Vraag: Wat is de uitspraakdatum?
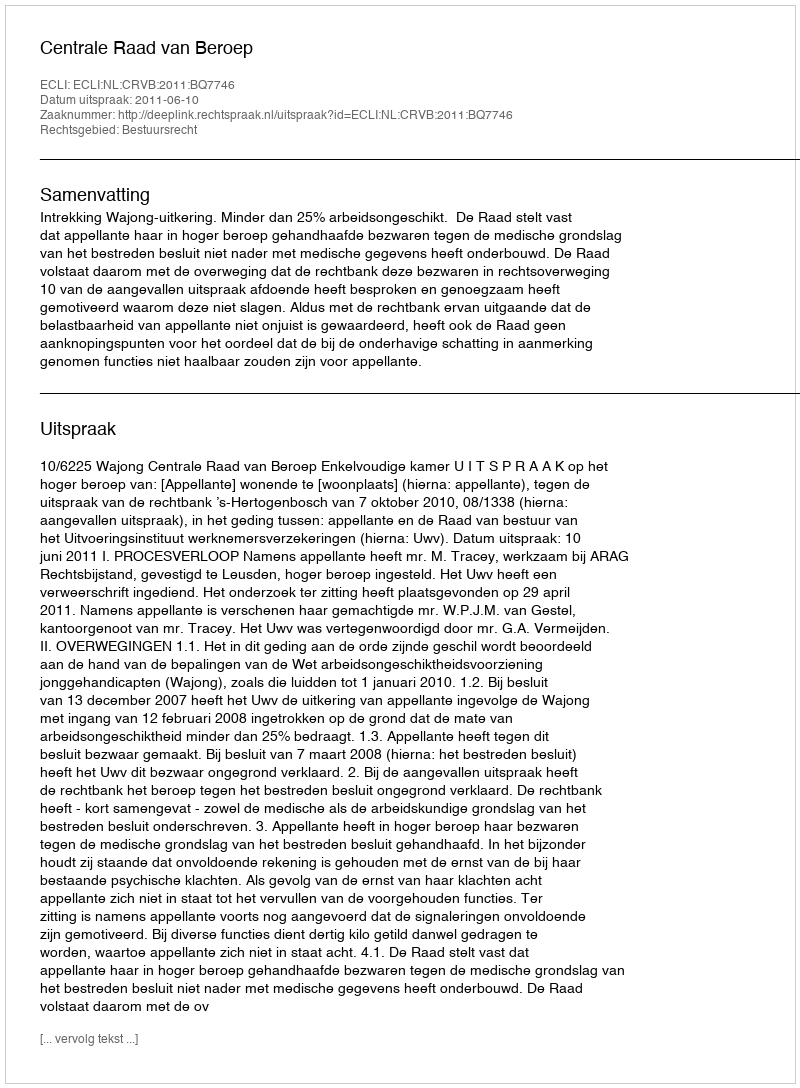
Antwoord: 2011-06-10